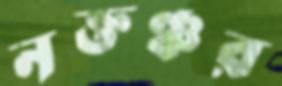
নক্তঞ্চর